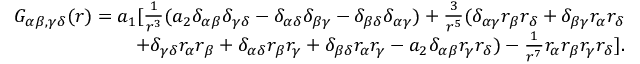
\begin{array} { r } { G _ { \alpha \beta , \gamma \delta } ( r ) = a _ { 1 } [ \frac { 1 } { r ^ { 3 } } ( a _ { 2 } \delta _ { \alpha \beta } \delta _ { \gamma \delta } - \delta _ { \alpha \delta } \delta _ { \beta \gamma } - \delta _ { \beta \delta } \delta _ { \alpha \gamma } ) + \frac { 3 } { r ^ { 5 } } ( \delta _ { \alpha \gamma } r _ { \beta } r _ { \delta } + \delta _ { \beta \gamma } r _ { \alpha } r _ { \delta } } \\ { + \delta _ { \gamma \delta } r _ { \alpha } r _ { \beta } + \delta _ { \alpha \delta } r _ { \beta } r _ { \gamma } + \delta _ { \beta \delta } r _ { \alpha } r _ { \gamma } - a _ { 2 } \delta _ { \alpha \beta } r _ { \gamma } r _ { \delta } ) - \frac { 1 } { r ^ { 7 } } r _ { \alpha } r _ { \beta } r _ { \gamma } r _ { \delta } ] . } \end{array}